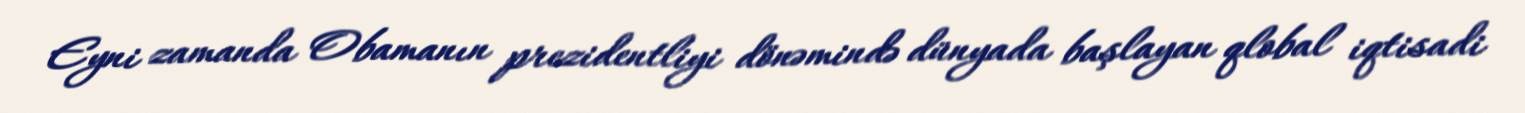
Eyni zamanda Obamanın prezidentliyi dönəmində dünyada başlayan qlobal iqtisadi